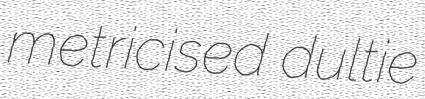
metricised dultie